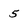
Character: 5